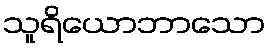
သူရိယောဘာသော